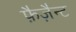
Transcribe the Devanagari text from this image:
फ़ैज़ैन्ट